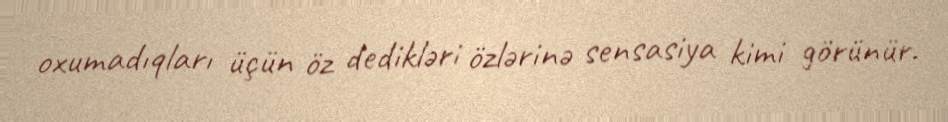
oxumadıqları üçün öz dedikləri özlərinə sensasiya kimi görünür.